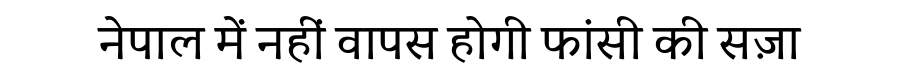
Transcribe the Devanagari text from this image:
नेपाल में नहीं वापस होगी फांसी की सज़ा